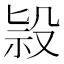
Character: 𣪑